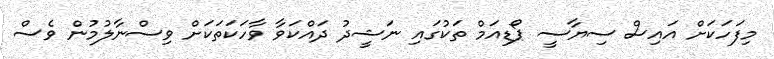
މިފަހަކަށް އައިސް ސިޔާސީ ޕޯޑިއަމް ތަކުގައި ނަޝީދު ދައްކަވާ ވާހަކަތަކަށް ވިސްނާލުމުން ވެސް